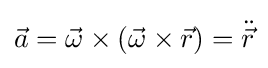
{\vec {a}}={\vec {\omega }}\times ({\vec {\omega }}\times {\vec {r}})={\ddot {\vec {r}}}